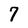
Character: 7